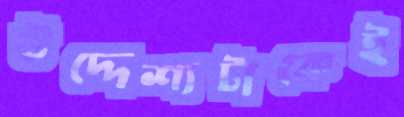
উদ্দেশ্যটাকেই